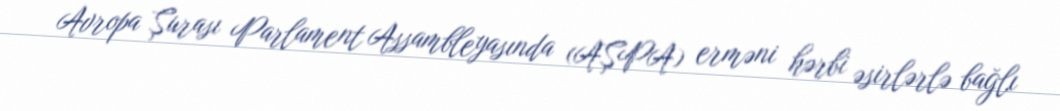
Avropa Şurası Parlament Assambleyasında (AŞPA) erməni hərbi əsirlərlə bağlı